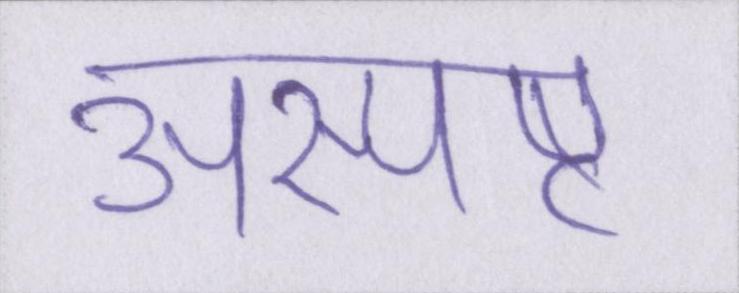
अस्पष्ट